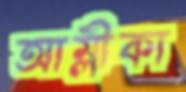
আম্লীকা